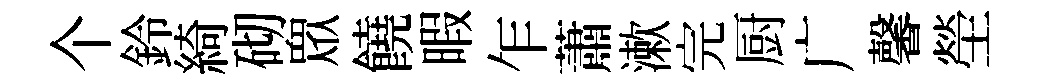
个鈴綺砌衆饒暇乍蕭漱完厨广馨塋